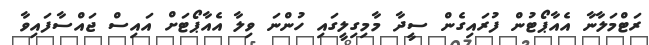
ރަޓްމަލާނާ އެއާޕޯޓުން ފުރައިގެން ސީދާ މާމިގިލީގައި ހުންނަ ވިލާ އެއާޕޯޓަށް އައިސް ޖައްސާފައިވާ